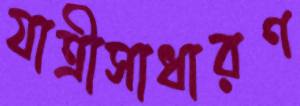
যাত্রীসাধারণ